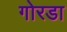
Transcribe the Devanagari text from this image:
गोरडा